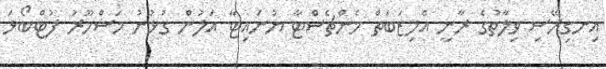
އިނގިރޭސި ވިލާތުގެ ރާނީ އެލިޒަބަތް މެންޗެސްޓާ ޔުނައިޓާ އަލުން ގުޅުނު މަޝްހޫރު ފުޓްބޯޅަ